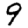
Digit: 9